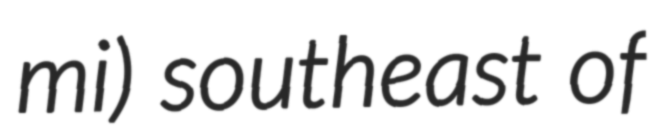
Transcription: mi) southeast of